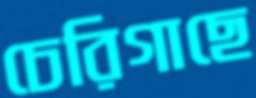
চেরিগাছে